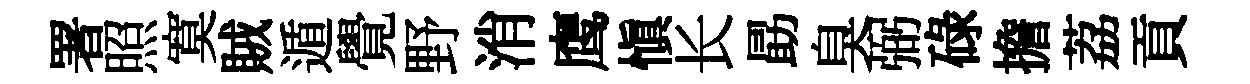
署照寞賊遁覺野消鹰慎长勗臭弼碌擔荔貢